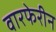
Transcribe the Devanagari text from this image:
वारफेरीन